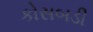
કોસબડી